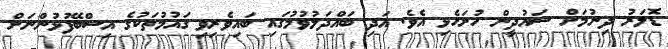
ޑޮލަރު ދިނުމަށް ސައުދީން ހުށަހެޅި އެވެ. އަދި ބައްދަލުވުމުގައި ބައިވެރިވި ގައުމުތަކުގެ އިސްބޭފުޅުންނަށް